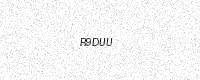
Text: R9DUU